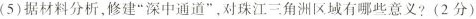
(5)据材料分析，修建”深中通道”，对珠江三角洲区域有哪些意义?(2分)